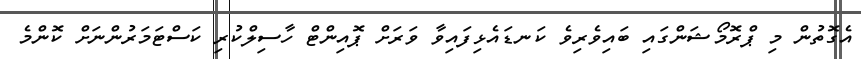
އެގޮތުން މި ޕްރޮމޯޝަންގައި ބައިވެރިވެ ކަނޑައެޅިފައިވާ ވަރަށް ޕޮއިންޓް ހާސިލްކުރި ކަސްޓަމަރުންނަށް ކޮންމެ